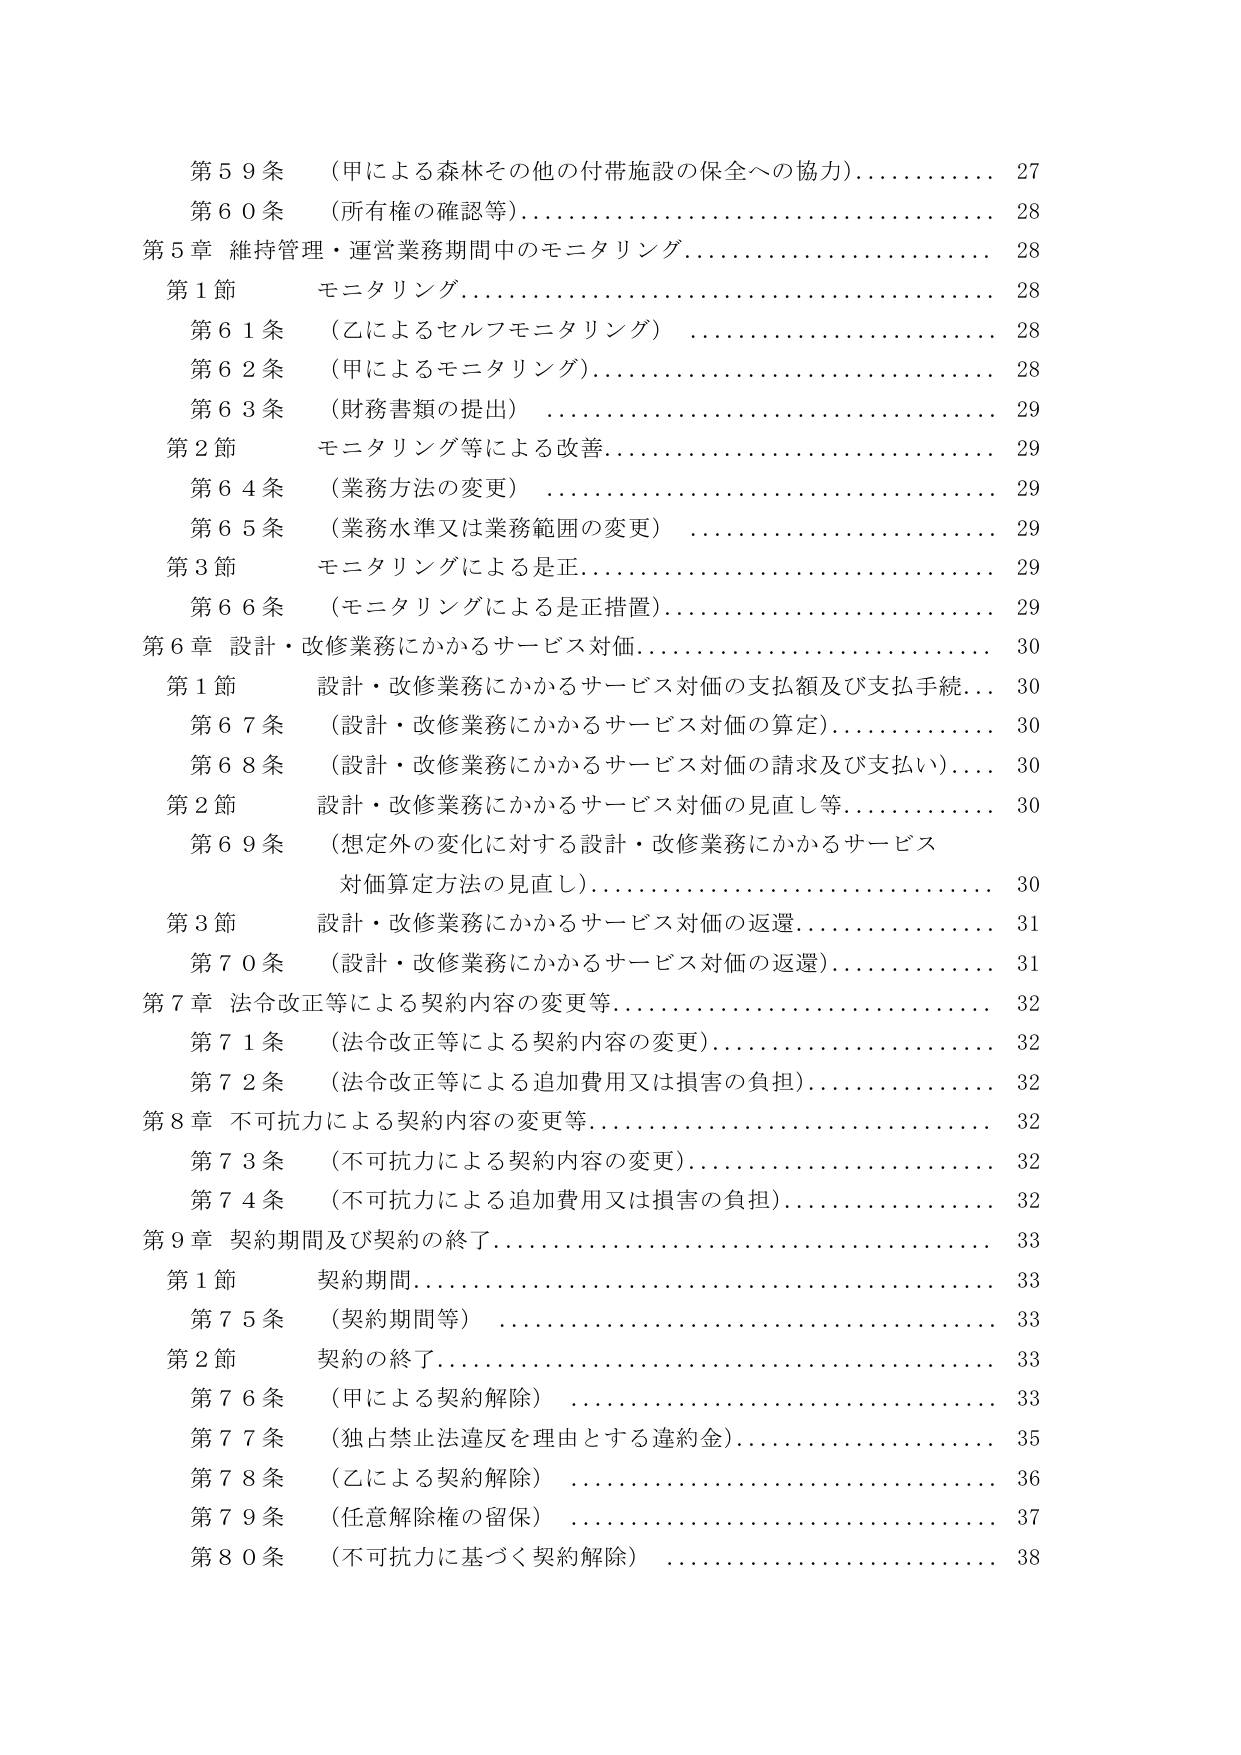
第５９条 （甲による森林その他の付帯施設の保全への協力）………… 27
第６０条 （所有権の確認等）……………………………………… 28
第５章 維持管理・運営業務期間中のモニタリング…………………… 28
　第１節 モニタリング…………………………………………… 28
　　第６１条 （乙によるセルフモニタリング）…………………… 28
　　第６２条 （甲によるモニタリング）…………………………… 28
　　第６３条 （財務書類の提出）…………………………………… 29
　第２節 モニタリング等による改善……………………………… 29
　　第６４条 （業務方法の変更）…………………………………… 29
　　第６５条 （業務水準又は業務範囲の変更）…………………… 29
　第３節 モニタリングによる是正………………………………… 29
　　第６６条 （モニタリングによる是正措置）…………………… 29
第６章 設計・改修業務にかかるサービス対価………………………… 30
　第１節 設計・改修業務にかかるサービス対価の支払額及び支払手続… 30
　　第６７条 （設計・改修業務にかかるサービス対価の算定）……… 30
　　第６８条 （設計・改修業務にかかるサービス対価の請求及び支払い） 30
　第２節 設計・改修業務にかかるサービス対価の見直し等…………… 30
　　第６９条 （想定外の変化に対する設計・改修業務にかかるサービス
　　　　　対価算定方法の見直し）………………………………… 30
　第３節 設計・改修業務にかかるサービス対価の返還………………… 31
　　第７０条 （設計・改修業務にかかるサービス対価の返還）……… 31
第７章 法令改正等による契約内容の変更等…………………………… 32
　第７１条 （法令改正等による契約内容の変更）…………………… 32
　第７２条 （法令改正等による追加費用又は損害の負担）…………… 32
第８章 不可抗力による契約内容の変更等……………………………… 32
　第７３条 （不可抗力による契約内容の変更）……………………… 32
　第７４条 （不可抗力による追加費用又は損害の負担）…………… 32
第９章 契約期間及び契約の終了……………………………………… 33
　第１節 契約期間………………………………………………… 33
　　第７５条 （契約期間等）……………………………………… 33
　第２節 契約の終了……………………………………………… 33
　　第７６条 （甲による契約解除）………………………………… 33
　　第７７条 （独占禁止法違反を理由とする違約金）……………… 35
　　第７８条 （乙による契約解除）………………………………… 36
　　第７９条 （任意解除権の留保）………………………………… 37
　　第８０条 （不可抗力に基づく契約解除）……………………… 38